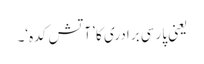
یعنی پارسی برادری کا ’آتش کدہ‘۔